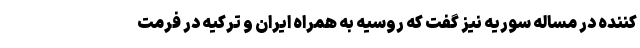
کننده در مساله سوریه نیز گفت که روسیه به همراه ایران و ترکیه در فرمت